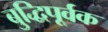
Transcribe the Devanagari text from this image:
बुद्धिपूर्वक